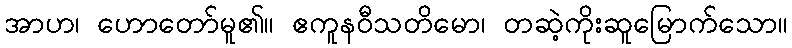
အာဟ၊ ဟောတော်မူ၏။ ဧကူနဝီသတိမော၊ တဆဲ့ကိုးဆူမြောက်သော။